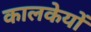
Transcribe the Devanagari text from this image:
कालकेयों